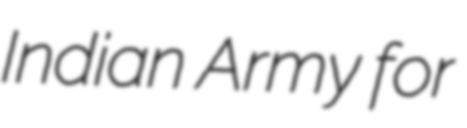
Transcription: Indian Army for